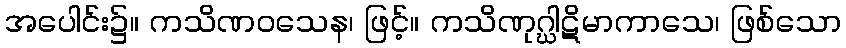
အပေါင်း၌။ ကသိဏဝသေန၊ ဖြင့်။ ကသိဏုဂ္ဃါဋိမာကာသေ၊ ဖြစ်သော